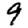
Digit: 9